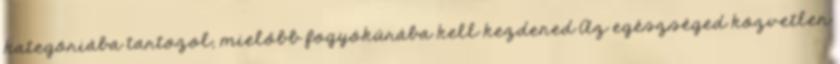
kategóriába tartozol, mielőbb fogyókúrába kell kezdened Az egészséged közvetlen